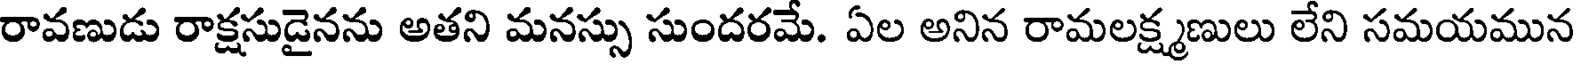
రావణుడు రాక్షసుడైనను అతని మనస్సు సుందరమే. ఏల అనిన రామలక్ష్మణులు లేని సమయమున